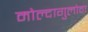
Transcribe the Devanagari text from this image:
मोल्दागुलोवा